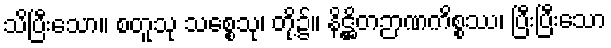
သိပြီးသော။ စတူသု သစ္စေသု၊ တို့၌။ နိဋ္ဌိတဉာဏကိစ္စဿ၊ ပြီးပြီးသော